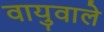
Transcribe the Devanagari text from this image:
वायुवाले